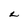
Character: L